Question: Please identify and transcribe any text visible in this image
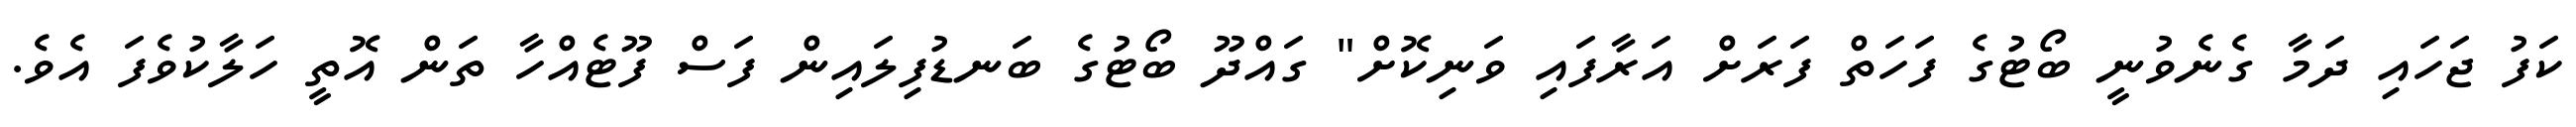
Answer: ކަފު ޖަހައި ދަމާ ގެނެވުނީ ބޯޓުގެ ފަހަތް ފަރަށް އަރާފައި ވަނިކޮށް" ގައްދޫ ބޯޓުގެ ބަނޑުފިލައިން ފަސް ފޫޓެއްހާ ތަން އޮތީ ހަލާކުވެފަ އެވެ.